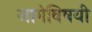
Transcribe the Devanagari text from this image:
जागेविषयी